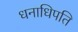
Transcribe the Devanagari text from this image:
धनाधिपति